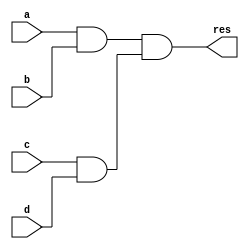
module and_4b(output wire res,input wire a, input wire b, input wire c, input wire d );
    wire ab, cd; // Intermediate wires
    and (ab, a, b); // AND gate for a and b
    and (cd, c, d); // AND gate for c and d
    and (res, ab, cd); // AND gate for ab and cd
endmodule